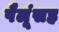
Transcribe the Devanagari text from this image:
पैलूंसह